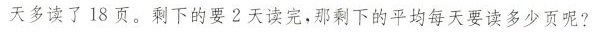
天多读了18页。剩下的要2天读完，那剩下的平均每天要读多少页呢?